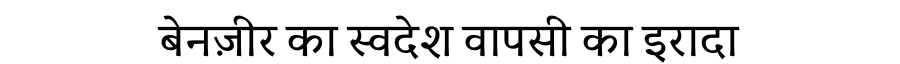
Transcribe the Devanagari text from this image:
बेनज़ीर का स्वदेश वापसी का इरादा